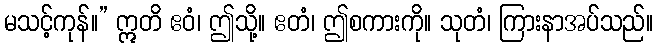
မသင့်ကုန်။” ဣတိ ဧဝံ၊ ဤသို့။ ဧတံ၊ ဤစကားကို။ သုတံ၊ ကြားနာအပ်သည်။